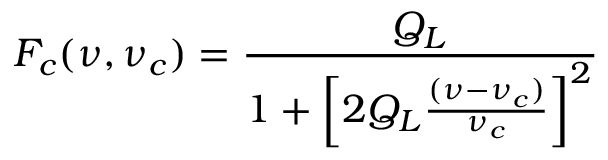
F _ { c } ( \nu , \nu _ { c } ) = \frac { Q _ { L } } { 1 + \left[ 2 Q _ { L } \frac { ( \nu - \nu _ { c } ) } { \nu _ { c } } \right] ^ { 2 } }